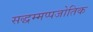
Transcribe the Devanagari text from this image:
सद्धम्मप्पजोतिक